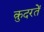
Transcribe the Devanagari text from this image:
क़ुदरतें